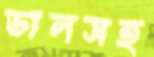
ডালসহ